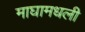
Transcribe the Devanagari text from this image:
माघामधली